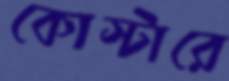
কোস্টারে